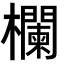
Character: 欄